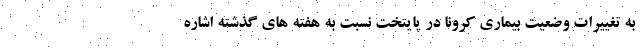
به تغییرات وضعیت بیماری کرونا در پایتخت نسبت به هفته های گذشته اشاره